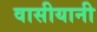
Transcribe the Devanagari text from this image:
वासीयानी